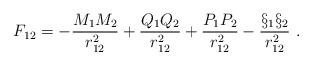
LaTeX: \begin{align*}F_{12} = - \frac{M_1 M_2}{r_{12}^2} + \frac{Q_1 Q_2}{r_{12}^2} +\frac{P_1 P_2}{r_{12}^2} - \frac{\S_1 \S_2}{r_{12}^2} \ .\end{align*}